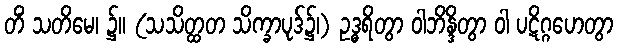
တိံ သတိမေ၊ ၌။ (သသိတ္ထတ သိက္ခာပုဒ်၌၊) ဥဒ္ဓရိတွာ ဝါဘိန္ဒိတွာ ဝါ ပဋိဂ္ဂဟေတွာ